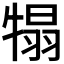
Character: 𤚺